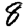
Digit: 8